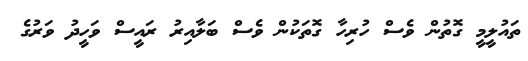
ތައުލީމީ ގޮތުން ވެސް ހުރިހާ ގޮތަކުން ވެސް ބަލާއިރު ރައީސް ވަހީދު ވަރުގެ